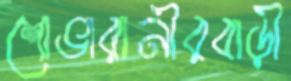
শোভারানীরবাড়ী